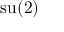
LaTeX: \operatorname { s u } ( 2 )